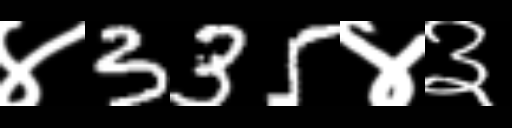
Text: ४335४३